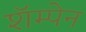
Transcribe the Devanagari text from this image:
शॅम्पेन